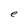
Character: e